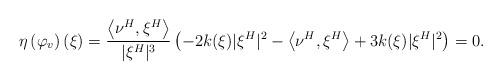
LaTeX: \begin{align*}\eta\left(\varphi_v\right)(\xi)=\frac{\left\langle \nu^H,\xi^H\right\rangle}{|\xi^H|^3}\left( -2k(\xi) |\xi^H|^2 -\left\langle \nu^H,\xi^H\right\rangle + 3k(\xi) |\xi^H|^2\right)=0.\end{align*}